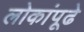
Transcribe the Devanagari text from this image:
लोकांपूढे